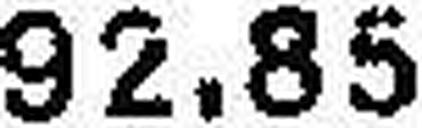
92.85